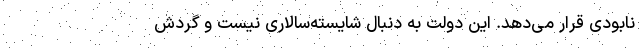
نابودی قرار می‌دهد. این دولت به ‌دنبال شایسته‌سالاری نیست و گردش